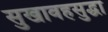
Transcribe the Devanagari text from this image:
सुखावहसुद्धा